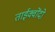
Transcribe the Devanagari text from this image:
ताईक्वोंदो